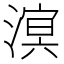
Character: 𪷆